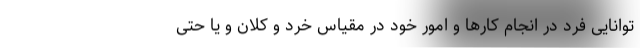
توانایی فرد در انجام کارها و امور خود در مقیاس خرد و کلان و یا حتی